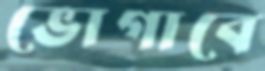
ভোগাবে